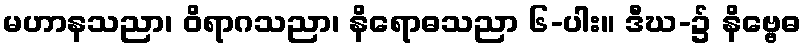
မဟာနသညာ၊ ဝိရာဂသညာ၊ နိရောဓသညာ ၆-ပါး။ ဒီဃ-၌ နိဗ္ဗေဓ